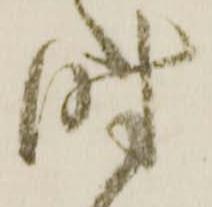
時